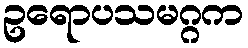
ဥရောပသမဂ္ဂက